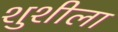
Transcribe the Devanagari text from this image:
शुशीला